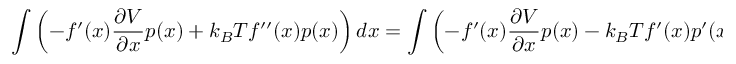
\int \left( - f ^ { \prime } ( x ) { \frac { \partial V } { \partial x } } p ( x ) + { k _ { B } T } f ^ { \prime \prime } ( x ) p ( x ) \right) d x = \int \left( - f ^ { \prime } ( x ) { \frac { \partial V } { \partial x } } p ( x ) - { k _ { B } T } f ^ { \prime } ( x ) p ^ { \prime } ( x ) \right) d x = 0 ,